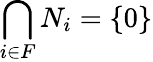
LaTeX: \bigcap_{i\in F}N_{i}=\{ 0\}